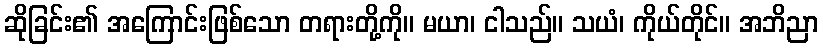
ဆိုခြင်း၏ အကြောင်းဖြစ်သော တရားတို့ကို။ မယာ၊ ငါသည်။ သယံ၊ ကိုယ်တိုင်။ အဘိညာ